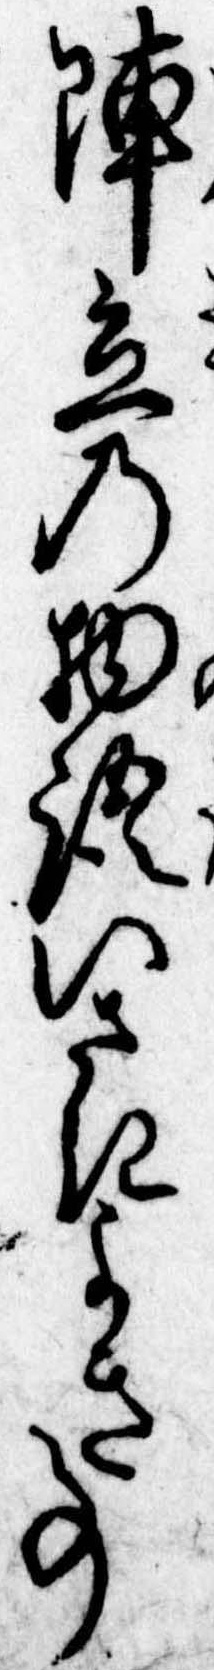
陣立の物語いさきよき事